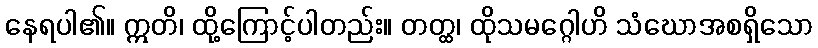
နေရပါ၏။ ဣတိ၊ ထို့ကြောင့်ပါတည်း။ တတ္ထ၊ ထိုသမဂ္ဂေါဟိ သံဃောအစရှိသော